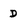
Character: D